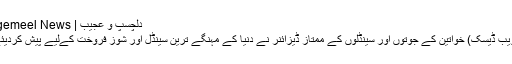
دلچسپ و عجیب | Sangemeel News
دبئی(ویب ڈیسک) خواتین کے جوتوں اور سینڈلوں کے ممتاز ڈیزائنر نے دنیا کے مہنگے ترین سینڈل اور شوز فروخت کےلیے پیش کردیئے ہیں۔